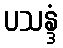
ပသန္ဒံ